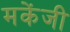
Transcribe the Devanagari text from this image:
मकेंजी